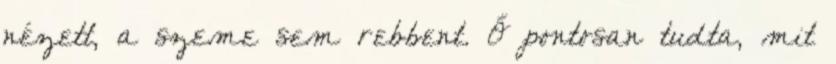
nézett, a szeme sem rebbent. Ő pontosan tudta, mit